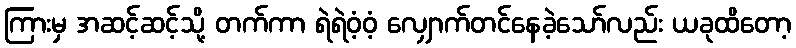
ကြားမှ အဆင့်ဆင့်သို့ တက်ကာ ရဲရဲဝံ့ဝံ့ လျှောက်တင်နေခဲ့သော်လည်း ယခုထိတော့